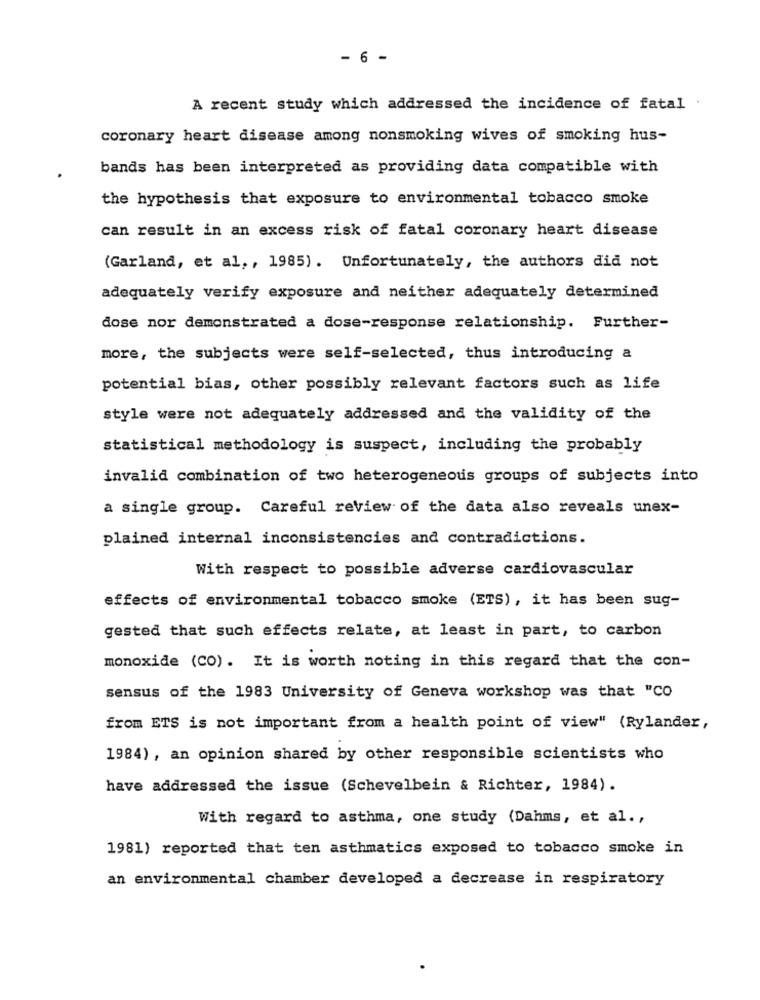
- 6 -
A recent study which addressed the incidence of fatal .
coronary heart disease among nonsmoking wives of smoking hus-
bands has been interpreted as providing data compatible with
the hypothesis that exposure to environmental tobacco smoke
can result in an excess risk of fatal coronary heart disease
(Garland, et al. , 1985). Unfortunately, the authors did not
adequately verify exposure and neither adequately determined
dose nor demonstrated a dose-response relationship. Further-
more, the subjects were self-selected, thus introducing a
potential bias, other possibly relevant factors such as life
style were not adequately addressed and the validity of the
statistical methodology is suspect, including the probably
invalid combination of two heterogeneous groups of subjects into
a single group. Careful review of the data also reveals unex-
plained internal inconsistencies and contradictions.
With respect to possible adverse cardiovascular
effects of environmental tobacco smoke (ETS), it has been sug-
gested that such effects relate, at least in part, to carbon
monoxide (CO). It is worth noting in this regard that the con-
sensus of the 1983 University of Geneva workshop was that "CO
from ETS is not important from a health point of view" (Rylander,
1984) , an opinion shared by other responsible scientists who
have addressed the issue (Schevelbein & Richter, 1984).
With regard to asthma, one study (Dahms, et al .,
1981) reported that ten asthmatics exposed to tobacco smoke in
an environmental chamber developed a decrease in respiratory